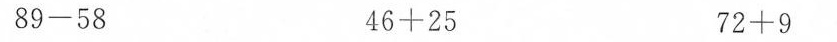
$$8 9 - 5 8$$ $$4 6 + 2 5$$ $$7 2 + 9$$